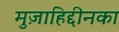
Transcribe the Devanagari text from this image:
मुज़ाहिद्दीनका